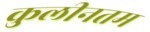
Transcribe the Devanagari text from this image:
कुलीनतम